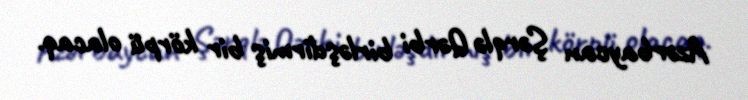
Azərbaycan Şərqlə Qərbi birləşdirmiş bir körpü olacaq.